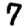
Digit: 7